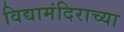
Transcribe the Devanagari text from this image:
विद्यामंदिराच्या